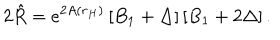
2 \hat { R } = e ^ { 2 A ( r _ { H } ) } \left[ B _ { 1 } + \Delta \right] \left[ B _ { 1 } + 2 \Delta \right] .